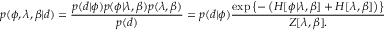
p ( \phi , \lambda , \beta | d ) = \frac { p ( d | \phi ) p ( \phi | \lambda , \beta ) p ( \lambda , \beta ) } { p ( d ) } = p ( d | \phi ) \frac { \exp \left\{ - \left( H [ \phi | \lambda , \beta ] + H [ \lambda , \beta ] \right) \right\} } { Z [ \lambda , \beta ] . }